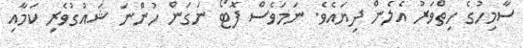
ސާމިހުގެ ހިތްވަރު އެލެން ދިޔައެވެ. ނަމަވެސް ފޮޓޯ ނަގަން ހުންނަ ޝައުގުވެރި ކަމާއި